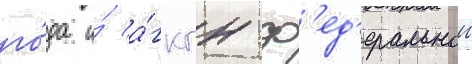
го́да и́ а́гкгн ф'ед'еральнои